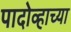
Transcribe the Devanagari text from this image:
पादोव्हाच्या